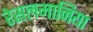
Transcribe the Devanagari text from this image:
रेसलमानिया